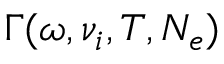
\Gamma ( \omega , \nu _ { i } , T , N _ { e } )